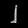
Digit: ၂